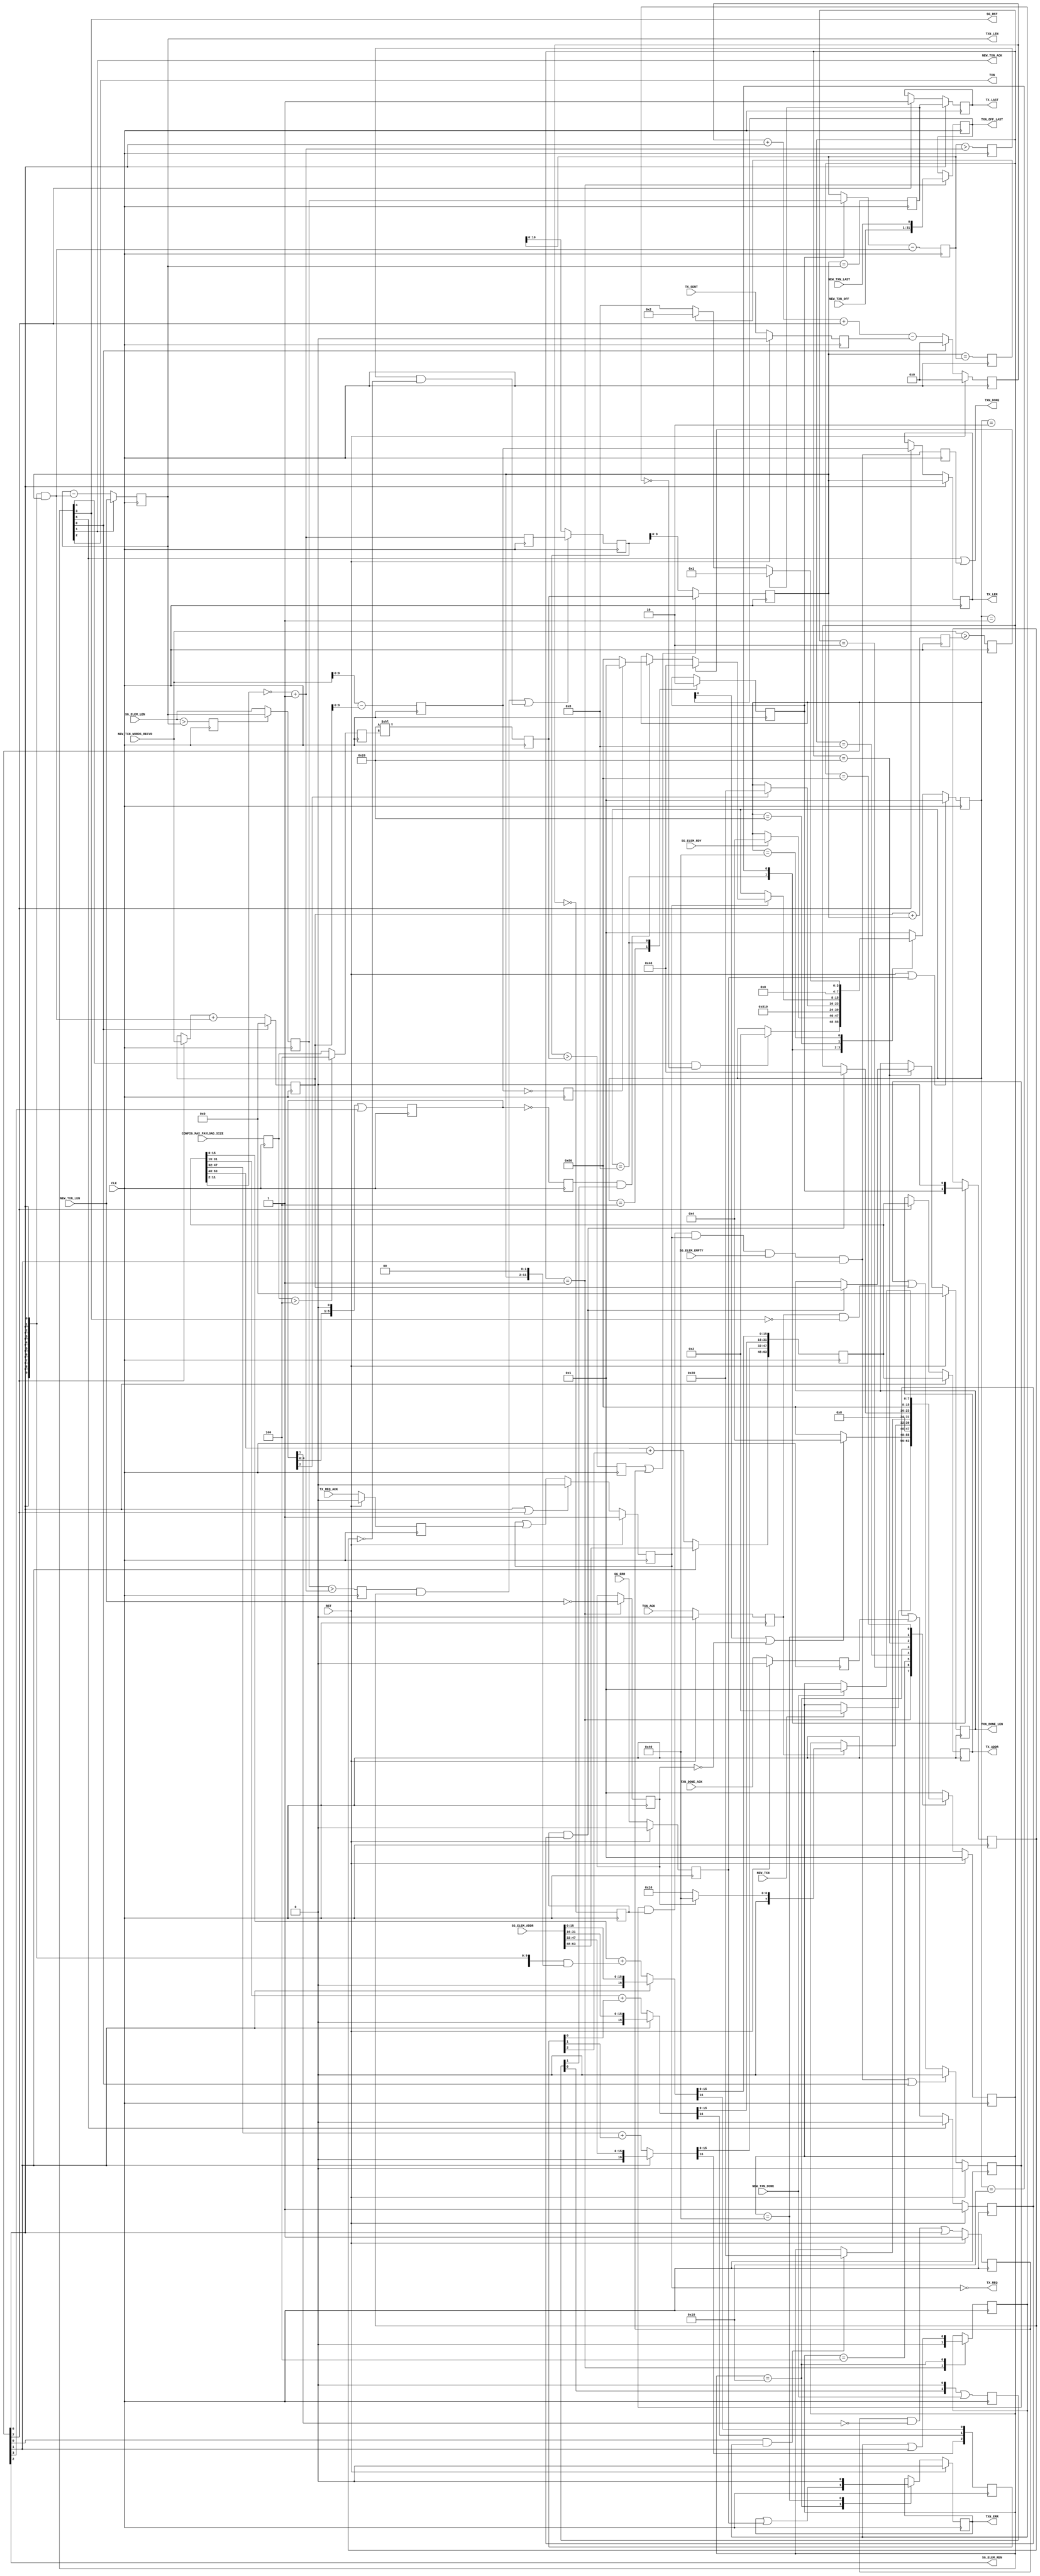
// ----------------------------------------------------------------------
// Copyright (c) 2016, The Regents of the University of California All
// rights reserved.
// 
// Redistribution and use in source and binary forms, with or without
// modification, are permitted provided that the following conditions are
// met:
// 
//     * Redistributions of source code must retain the above copyright
//       notice, this list of conditions and the following disclaimer.
// 
//     * Redistributions in binary form must reproduce the above
//       copyright notice, this list of conditions and the following
//       disclaimer in the documentation and/or other materials provided
//       with the distribution.
// 
//     * Neither the name of The Regents of the University of California
//       nor the names of its contributors may be used to endorse or
//       promote products derived from this software without specific
//       prior written permission.
// 
// THIS SOFTWARE IS PROVIDED BY THE COPYRIGHT HOLDERS AND CONTRIBUTORS
// "AS IS" AND ANY EXPRESS OR IMPLIED WARRANTIES, INCLUDING, BUT NOT
// LIMITED TO, THE IMPLIED WARRANTIES OF MERCHANTABILITY AND FITNESS FOR
// A PARTICULAR PURPOSE ARE DISCLAIMED. IN NO EVENT SHALL REGENTS OF THE
// UNIVERSITY OF CALIFORNIA BE LIABLE FOR ANY DIRECT, INDIRECT,
// INCIDENTAL, SPECIAL, EXEMPLARY, OR CONSEQUENTIAL DAMAGES (INCLUDING,
// BUT NOT LIMITED TO, PROCUREMENT OF SUBSTITUTE GOODS OR SERVICES; LOSS
// OF USE, DATA, OR PROFITS; OR BUSINESS INTERRUPTION) HOWEVER CAUSED AND
// ON ANY THEORY OF LIABILITY, WHETHER IN CONTRACT, STRICT LIABILITY, OR
// TORT (INCLUDING NEGLIGENCE OR OTHERWISE) ARISING IN ANY WAY OUT OF THE
// USE OF THIS SOFTWARE, EVEN IF ADVISED OF THE POSSIBILITY OF SUCH
// DAMAGE.
// ----------------------------------------------------------------------
//----------------------------------------------------------------------------
// Version:				1.00.a
// Verilog Standard:	Verilog-2001
// Description:			Handles receiving new transaction events and data, and
// making requests to tx engine. 
//						for the RIFFA channel.
// History:				@mattj: Version 2.0
//-----------------------------------------------------------------------------
`define S_TXPORTWR_MAIN_IDLE		8'b0000_0001
`define S_TXPORTWR_MAIN_CHECK		8'b0000_0010
`define S_TXPORTWR_MAIN_SIG_NEW		8'b0000_0100
`define S_TXPORTWR_MAIN_NEW_ACK		8'b0000_1000
`define S_TXPORTWR_MAIN_WRITE		8'b0001_0000
`define S_TXPORTWR_MAIN_DONE		8'b0010_0000
`define S_TXPORTWR_MAIN_SIG_DONE	8'b0100_0000
`define S_TXPORTWR_MAIN_RESET		8'b1000_0000

`define S_TXPORTWR_TX_IDLE			8'b0000_0001
`define S_TXPORTWR_TX_BUF			8'b0000_0010
`define S_TXPORTWR_TX_ADJ_0			8'b0000_0100
`define S_TXPORTWR_TX_ADJ_1			8'b0000_1000
`define S_TXPORTWR_TX_ADJ_2			8'b0001_0000
`define S_TXPORTWR_TX_CHECK_DATA	8'b0010_0000
`define S_TXPORTWR_TX_WRITE			8'b0100_0000
`define S_TXPORTWR_TX_WRITE_REM		8'b1000_0000

`timescale 1ns/1ns
module tx_port_writer (
	input CLK,
	input RST,
	input [2:0] CONFIG_MAX_PAYLOAD_SIZE,	// Maximum write payload: 000=128B, 001=256B, 010=512B, 011=1024B

	output TXN,							// Write transaction notification
	input TXN_ACK,						// Write transaction acknowledged
	output [31:0] TXN_LEN,				// Write transaction length
	output [31:0] TXN_OFF_LAST,			// Write transaction offset/last
	output [31:0] TXN_DONE_LEN,			// Write transaction actual transfer length
	output TXN_DONE,					// Write transaction done
	output TXN_ERR,						// Write transaction encountered an error
	input TXN_DONE_ACK,					// Write transaction actual transfer length read

	input NEW_TXN,						// Transaction parameters are valid
	output NEW_TXN_ACK,					// Transaction parameter read, continue
	input NEW_TXN_LAST,					// Channel last write
	input [31:0] NEW_TXN_LEN,			// Channel write length (in 32 bit words)
	input [30:0] NEW_TXN_OFF,			// Channel write offset
	input [31:0] NEW_TXN_WORDS_RECVD,	// Count of data words received in transaction
	input NEW_TXN_DONE,					// Transaction is closed

	input [63:0] SG_ELEM_ADDR,			// Scatter gather element address
	input [31:0] SG_ELEM_LEN,			// Scatter gather element length (in words)
	input SG_ELEM_RDY,					// Scatter gather element ready
	input SG_ELEM_EMPTY,				// Scatter gather elements empty
	output SG_ELEM_REN,					// Scatter gather element read enable
	output SG_RST,						// Scatter gather data reset
	input SG_ERR,						// Scatter gather read encountered an error
	
	output TX_REQ,						// Outgoing write request
	input TX_REQ_ACK,					// Outgoing write request acknowledged
	output [63:0] TX_ADDR,				// Outgoing write high address
	output [9:0] TX_LEN,				// Outgoing write length (in 32 bit words)
	output TX_LAST,						// Outgoing write is last request for transaction
	input TX_SENT						// Outgoing write complete
);

// `include "functions.vh"

(* syn_encoding = "user" *)
(* fsm_encoding = "user" *)
reg		[7:0]						rMainState=`S_TXPORTWR_MAIN_IDLE, _rMainState=`S_TXPORTWR_MAIN_IDLE;
reg		[31:0]						rOffLast=0, _rOffLast=0;
reg									rWordsEQ0=0, _rWordsEQ0=0;
reg									rStarted=0, _rStarted=0;
reg		[31:0]						rDoneLen=0, _rDoneLen=0;
reg									rSgErr=0, _rSgErr=0;
reg									rTxErrd=0, _rTxErrd=0;
reg									rTxnAck=0, _rTxnAck=0;

(* syn_encoding = "user" *)
(* fsm_encoding = "user" *)
reg		[7:0]						rTxState=`S_TXPORTWR_TX_IDLE, _rTxState=`S_TXPORTWR_TX_IDLE;
reg		[31:0]						rSentWords=0, _rSentWords=0;
reg		[31:0]						rWords=0, _rWords=0;
reg		[31:0]						rBufWords=0, _rBufWords=0;
reg		[31:0]						rBufWordsInit=0, _rBufWordsInit=0;
reg									rLargeBuf=0, _rLargeBuf=0;
reg		[63:0]						rAddr=64'd0, _rAddr=64'd0;
reg		[2:0]						rCarry=0, _rCarry=0;
reg									rValsPropagated=0, _rValsPropagated=0;
reg		[5:0]						rValsProp=0, _rValsProp=0;
reg									rCopyBufWords=0, _rCopyBufWords=0;
reg									rUseInit=0, _rUseInit=0;
reg		[10:0]						rPageRem=0, _rPageRem=0;
reg									rPageSpill=0, _rPageSpill=0;
reg									rPageSpillInit=0, _rPageSpillInit=0;
reg		[10:0]						rPreLen=0, _rPreLen=0;
reg		[2:0]						rMaxPayloadSize=0, _rMaxPayloadSize=0;
reg		[2:0]						rMaxPayloadShift=0, _rMaxPayloadShift=0;
reg		[9:0]						rMaxPayload=0, _rMaxPayload=0;
reg									rPayloadSpill=0, _rPayloadSpill=0;
reg									rMaxLen=1, _rMaxLen=1;
reg		[9:0]						rLen=0, _rLen=0;
reg		[31:0]						rSendingWords=0, _rSendingWords=0;
reg									rAvail=0, _rAvail=0;
reg		[1:0]						rTxnDone=0, _rTxnDone=0;
reg		[9:0]						rLastLen=0, _rLastLen=0;
reg									rLastLenEQ0=0, _rLastLenEQ0=0;
reg									rLenEQWords=0, _rLenEQWords=0;
reg									rLenEQBufWords=0, _rLenEQBufWords=0;

reg									rNotRequesting=1, _rNotRequesting=1;
reg		[63:0]						rReqAddr=64'd0, _rReqAddr=64'd0;
reg		[9:0]						rReqLen=0, _rReqLen=0;
reg									rReqLast=0, _rReqLast=0;
reg									rTxReqAck=0, _rTxReqAck=0;

reg									rDone=0, _rDone=0;
reg		[9:0]						rAckCount=0, _rAckCount=0;
reg									rTxSent=0, _rTxSent=0;
reg									rLastDoneRead=1, _rLastDoneRead=1;
reg									rTxnDoneAck=0, _rTxnDoneAck=0;

reg									rReqPartialDone=0, _rReqPartialDone=0;
reg									rPartialDone=0, _rPartialDone=0;


assign NEW_TXN_ACK = rMainState[1]; // S_TXPORTWR_MAIN_CHECK

assign TXN = rMainState[2]; // S_TXPORTWR_MAIN_SIG_NEW
assign TXN_DONE = (rMainState[6] | rPartialDone); // S_TXPORTWR_MAIN_SIG_DONE
assign TXN_LEN = rWords;
assign TXN_OFF_LAST = rOffLast;
assign TXN_DONE_LEN = rDoneLen;
assign TXN_ERR = rTxErrd;

assign SG_ELEM_REN = rTxState[2]; // S_TXPORTWR_TX_ADJ_0
assign SG_RST = rMainState[3]; // S_TXPORTWR_MAIN_NEW_ACK

assign TX_REQ = !rNotRequesting;
assign TX_ADDR = rReqAddr; 
assign TX_LEN = rReqLen;
assign TX_LAST = rReqLast;


// Buffer the input signals that come from outside the tx_port.
always @ (posedge CLK) begin
	rTxnAck <= #1 (RST ? 1'd0 : _rTxnAck);
	rTxnDoneAck <= #1 (RST ? 1'd0 : _rTxnDoneAck);
	rSgErr <= #1 (RST ? 1'd0 : _rSgErr);
	rTxReqAck <= #1 (RST ? 1'd0 : _rTxReqAck);
	rTxSent <= #1 (RST ? 1'd0 : _rTxSent);
end

always @ (*) begin
	_rTxnAck = TXN_ACK;
	_rTxnDoneAck = TXN_DONE_ACK;
	_rSgErr = SG_ERR;
	_rTxReqAck = TX_REQ_ACK;
	_rTxSent = TX_SENT;
end
	

// Wait for a NEW_TXN request. Then request transfers until all the data is sent
// or until the specified length is reached. Then signal TXN_DONE.
always @ (posedge CLK) begin
	rMainState <= #1 (RST ? `S_TXPORTWR_MAIN_IDLE : _rMainState);
	rOffLast <= #1 _rOffLast;
	rWordsEQ0 <= #1 _rWordsEQ0;
	rStarted <= #1 _rStarted;
	rDoneLen <= #1 (RST ? 0 : _rDoneLen);
	rTxErrd <= #1 (RST ? 1'd0 : _rTxErrd);
end

always @ (*) begin
	_rMainState = rMainState;
	_rOffLast = rOffLast;
	_rWordsEQ0 = rWordsEQ0;
	_rStarted = rStarted;
	_rDoneLen = rDoneLen;
	_rTxErrd = rTxErrd;
	case (rMainState)

	`S_TXPORTWR_MAIN_IDLE: begin // Wait for channel write request
		_rStarted = 0;
		_rWordsEQ0 = (NEW_TXN_LEN == 0);
		_rOffLast = {NEW_TXN_OFF, NEW_TXN_LAST};
		if (NEW_TXN)
			_rMainState = `S_TXPORTWR_MAIN_CHECK;
	end

	`S_TXPORTWR_MAIN_CHECK: begin // Continue with transaction?
		if (rOffLast[0] | !rWordsEQ0)
			_rMainState = `S_TXPORTWR_MAIN_SIG_NEW;
		else
			_rMainState = `S_TXPORTWR_MAIN_RESET;
	end

	`S_TXPORTWR_MAIN_SIG_NEW: begin // Signal new write
		_rMainState = `S_TXPORTWR_MAIN_NEW_ACK;
	end

	`S_TXPORTWR_MAIN_NEW_ACK: begin // Wait for acknowledgement
		if (rTxnAck) // ACK'd on PC read of TXN length
			_rMainState = (rWordsEQ0 ? `S_TXPORTWR_MAIN_SIG_DONE : `S_TXPORTWR_MAIN_WRITE);
	end

	`S_TXPORTWR_MAIN_WRITE: begin // Start writing and wait for all writes to complete
		_rStarted = (rStarted | rTxState[1]); // S_TXPORTWR_TX_BUF
		_rTxErrd = (rTxErrd | rSgErr);
		if (rTxState[0] & rStarted) // S_TXPORTWR_TX_IDLE
			_rMainState = `S_TXPORTWR_MAIN_DONE;
	end

	`S_TXPORTWR_MAIN_DONE: begin // Wait for the last transaction to complete
		if (rDone & rLastDoneRead) begin
			_rDoneLen = rSentWords;
			_rMainState = `S_TXPORTWR_MAIN_SIG_DONE;
		end
	end

	`S_TXPORTWR_MAIN_SIG_DONE: begin // Signal the done port
		_rTxErrd = 0;
		_rMainState = `S_TXPORTWR_MAIN_RESET;
	end

	`S_TXPORTWR_MAIN_RESET: begin // Wait for the channel tx to drop
		if (NEW_TXN_DONE)
			_rMainState = `S_TXPORTWR_MAIN_IDLE;
	end
	
	default: begin
		_rMainState = `S_TXPORTWR_MAIN_IDLE;
	end
	
	endcase
end


// Manage sending TX requests to the TX engine. Transfers will be limited
// by each scatter gather buffer's size, max payload size, and must not
// cross a (4KB) page boundary. The request is only made if there is sufficient
// data already written to the buffer.
wire [9:0] wLastLen = (NEW_TXN_WORDS_RECVD - rSentWords);
wire [9:0] wAddrLoInv = ~rAddr[11:2];
wire [10:0] wPageRem = (wAddrLoInv + 1'd1);	
always @ (posedge CLK) begin
	rTxState <= #1 (RST | rSgErr ? `S_TXPORTWR_TX_IDLE : _rTxState);
	rSentWords <= #1 (rMainState[0] ? 0 : _rSentWords);
	rWords <= #1 _rWords;
	rBufWords <= #1 _rBufWords;
	rBufWordsInit <= #1 _rBufWordsInit;
	rAddr <= #1 _rAddr;
	rCarry <= #1 _rCarry;
	rValsPropagated <= #1 _rValsPropagated;
	rValsProp <= #1 _rValsProp;
	rLargeBuf <= #1 _rLargeBuf;
	rPageRem <= #1 _rPageRem;
	rPageSpill <= #1 _rPageSpill;
	rPageSpillInit <= #1 _rPageSpillInit;
	rCopyBufWords <= #1 _rCopyBufWords;
	rUseInit <= #1 _rUseInit;
	rPreLen <= #1 _rPreLen;
	rMaxPayloadSize <= #1 _rMaxPayloadSize;
	rMaxPayloadShift <= #1 _rMaxPayloadShift;
	rMaxPayload <= #1 _rMaxPayload;
	rPayloadSpill <= #1 _rPayloadSpill;
	rMaxLen <= #1 (RST ? 1'd1 : _rMaxLen);
	rLen <= #1 _rLen;
	rSendingWords <= #1 _rSendingWords;
	rAvail <= #1 _rAvail;
	rTxnDone <= #1 _rTxnDone;
	rLastLen <= #1 _rLastLen;
	rLastLenEQ0 <= #1 _rLastLenEQ0;
	rLenEQWords <= #1 _rLenEQWords;
	rLenEQBufWords <= #1 _rLenEQBufWords;
end

always @ (*) begin
	_rTxState = rTxState;
	_rCopyBufWords = rCopyBufWords;
	_rUseInit = rUseInit;
	
	_rValsProp = ((rValsProp<<1) | rTxState[3]); // S_TXPORTWR_TX_ADJ_1
	_rValsPropagated = (rValsProp == 6'd0);
	_rLargeBuf = (SG_ELEM_LEN > rWords);
	{_rCarry[0], _rAddr[15:0]} = (rTxState[1] ? SG_ELEM_ADDR[15:0] : (rAddr[15:0] + ({12{rTxState[6]}} & {rLen, 2'd0}))); // S_TXPORTWR_TX_WRITE
	{_rCarry[1], _rAddr[31:16]} = (rTxState[1] ? SG_ELEM_ADDR[31:16] : (rAddr[31:16] + rCarry[0]));
	{_rCarry[2], _rAddr[47:32]} = (rTxState[1] ? SG_ELEM_ADDR[47:32] : (rAddr[47:32] + rCarry[1]));
				 _rAddr[63:48] = (rTxState[1] ? SG_ELEM_ADDR[63:48] : (rAddr[63:48] + rCarry[2]));
	_rSentWords = (rTxState[7] ? NEW_TXN_WORDS_RECVD : rSentWords) + ({10{rTxState[6]}} & rLen); // S_TXPORTWR_TX_WRITE
	_rWords = (NEW_TXN_ACK ? NEW_TXN_LEN : (rWords - ({10{rTxState[6]}} & rLen))); // S_TXPORTWR_TX_WRITE
	_rBufWordsInit = (rLargeBuf ? rWords : SG_ELEM_LEN); 
	_rBufWords = (rCopyBufWords ? rBufWordsInit : rBufWords) - ({10{rTxState[6]}} & rLen); // S_TXPORTWR_TX_WRITE
	_rPageRem = wPageRem;	
	_rPageSpillInit = (rBufWordsInit > wPageRem);	
	_rPageSpill = (rBufWords > wPageRem);	
	_rPreLen = ((rPageSpillInit & rUseInit) | (rPageSpill & !rUseInit) ? rPageRem : rBufWords[10:0]);
	_rMaxPayloadSize = CONFIG_MAX_PAYLOAD_SIZE;
	_rMaxPayloadShift = (rMaxPayloadSize > 3'd4 ? 3'd4 : rMaxPayloadSize);
	_rMaxPayload = (6'd32<<rMaxPayloadShift);
	_rPayloadSpill = (rPreLen > rMaxPayload);
	_rMaxLen = ((rMaxLen & !rValsProp[1]) | rTxState[6]); // S_TXPORTWR_TX_WRITE
	_rLen = (rPayloadSpill | rMaxLen ? rMaxPayload : rPreLen[9:0]);
	_rSendingWords = rSentWords + rLen;
	_rAvail = (NEW_TXN_WORDS_RECVD >= rSendingWords);
	_rTxnDone = ((rTxnDone<<1) | NEW_TXN_DONE);
	_rLastLen = wLastLen;
	_rLastLenEQ0 = (rLastLen == 10'd0);
	_rLenEQWords = (rLen == rWords);
	_rLenEQBufWords = (rLen == rBufWords);
	
	case (rTxState)

	`S_TXPORTWR_TX_IDLE: begin // Wait for channel write request
		if (rMainState[4] & !rStarted) // S_TXPORTWR_MAIN_WRITE
			_rTxState = `S_TXPORTWR_TX_BUF;
	end

	`S_TXPORTWR_TX_BUF: begin // Wait for buffer length and address
		if (SG_ELEM_RDY)
			_rTxState = `S_TXPORTWR_TX_ADJ_0;
	end

	`S_TXPORTWR_TX_ADJ_0: begin // Fix for large buffer
		_rCopyBufWords = 1;
		_rTxState = `S_TXPORTWR_TX_ADJ_1;
	end

	`S_TXPORTWR_TX_ADJ_1: begin // Check for page boundary crossing
		_rCopyBufWords = 0;
		_rUseInit = rCopyBufWords;
		_rTxState = `S_TXPORTWR_TX_ADJ_2;
	end

	`S_TXPORTWR_TX_ADJ_2: begin // Wait for values to propagate
		// Fix for page boundary crossing
		// Check for max payload
		// Fix for max payload
		_rUseInit = 0;
		if (rValsProp[2])
			_rTxState = `S_TXPORTWR_TX_CHECK_DATA;
	end

	`S_TXPORTWR_TX_CHECK_DATA: begin // Wait for available data
		if (rNotRequesting) begin
			if (rAvail)
				_rTxState = `S_TXPORTWR_TX_WRITE;
			else if (rValsPropagated & rTxnDone[1])
				_rTxState = (rLastLenEQ0 ? `S_TXPORTWR_TX_IDLE : `S_TXPORTWR_TX_WRITE_REM);
		end
	end

	`S_TXPORTWR_TX_WRITE: begin // Send len and repeat or finish?
		if (rLenEQWords)
			_rTxState = `S_TXPORTWR_TX_IDLE;
		else if (rLenEQBufWords)
			_rTxState = `S_TXPORTWR_TX_BUF;
		else
			_rTxState = `S_TXPORTWR_TX_ADJ_1;
	end

	`S_TXPORTWR_TX_WRITE_REM: begin // Send remaining data and finish
		_rTxState = `S_TXPORTWR_TX_IDLE;
	end
	
	default: begin
		_rTxState = `S_TXPORTWR_TX_IDLE;
	end
	
	endcase
end

// Request TX transfers separately so that the TX FSM can continue calculating
// the next set of request parameters without having to wait for the TX_REQ_ACK.
always @ (posedge CLK) begin
	rAckCount <= #1 (RST ? 10'd0 : _rAckCount);
	rNotRequesting <= #1 (RST ? 1'd1 : _rNotRequesting);
	rReqAddr <= #1 _rReqAddr;
	rReqLen <= #1 _rReqLen;
	rReqLast <= #1 _rReqLast;
	rDone <= #1 _rDone;
	rLastDoneRead <= #1 (RST ? 1'd1 : _rLastDoneRead);
end

always @ (*) begin
	// Start signaling when the TX FSM is ready.
	if (rTxState[6] | rTxState[7]) // S_TXPORTWR_TX_WRITE
		_rNotRequesting = 0;
	else
		_rNotRequesting = (rNotRequesting | rTxReqAck);

	// Pass off the rAddr & rLen when ready and wait for TX_REQ_ACK.
	if (rTxState[6]) begin // S_TXPORTWR_TX_WRITE
		_rReqAddr = rAddr;
		_rReqLen = rLen;
		_rReqLast = rLenEQWords;
	end
	else if (rTxState[7]) begin // S_TXPORTWR_TX_WRITE_REM
		_rReqAddr = rAddr;
		_rReqLen = rLastLen;
		_rReqLast = 1;
	end
	else begin
		_rReqAddr = rReqAddr;
		_rReqLen = rReqLen;
		_rReqLast = rReqLast;
	end

	// Track TX_REQ_ACK and TX_SENT to determine when the transaction is over.
	_rDone = (rAckCount == 10'd0);
	if (rMainState[0]) // S_TXPORTWR_MAIN_IDLE
		_rAckCount = 0;
	else
		_rAckCount = rAckCount + rTxState[6] + rTxState[7] - rTxSent; // S_TXPORTWR_TX_WRITE, S_TXPORTWR_TX_WRITE_REM
		
	// Track when the user reads the actual transfer amount.
	_rLastDoneRead = (rMainState[6] ? 1'd0 : (rLastDoneRead | rTxnDoneAck)); // S_TXPORTWR_MAIN_SIG_DONE
end


// Facilitate sending a TXN_DONE when we receive a TXN_ACK after the transaction
// has begun sending. This will happen when the workstation detects that it has 
// sent/used all its currently mapped scatter gather elements, but it's not enough 
// to complete the transaction. The TXN_DONE will let the workstation know it can
// release the current scatter gather mappings and allocate new ones.
always @ (posedge CLK) begin
	rPartialDone <= #1 _rPartialDone;
	rReqPartialDone <= #1 (RST ? 1'd0 : _rReqPartialDone);
end

always @ (*) begin
	// Signal TXN_DONE after we've recieved the (seemingly superfluous) TXN_ACK, 
	// we have no outstanding transfer requests, we're not currently requesting a
	// transfer, and there are no more scatter gather elements.
	_rPartialDone = (rReqPartialDone & rDone & rNotRequesting & SG_ELEM_EMPTY & rTxState[1]); // S_TXPORTWR_TX_BUF
	
	// Keep track of (seemingly superfluous) TXN_ACK requests.
	if ((rReqPartialDone & rDone & rNotRequesting & SG_ELEM_EMPTY & rTxState[1]) | rMainState[0]) // S_TXPORTWR_MAIN_IDLE
		_rReqPartialDone = 0;
	else
		_rReqPartialDone = (rReqPartialDone | (rTxnAck & !rMainState[3])); // !S_TXPORTWR_MAIN_NEW_ACK
end



/*
wire [35:0] wControl0;
chipscope_icon_1 cs_icon(
	.CONTROL0(wControl0)
);

chipscope_ila_t8_512 a0(
	.CLK(CLK), 
	.CONTROL(wControl0), 
	.TRIG0({rTxState[6] | rTxState[7] | rTxSent, rAckCount[6:0]}),
	.DATA({280'd0,
			NEW_TXN_WORDS_RECVD, // 32
			rSendingWords, // 32
			rAvail, // 1
			rNotRequesting, // 1
			NEW_TXN_LAST, // 1
			NEW_TXN_LEN, // 32
			NEW_TXN_OFF, // 31
			NEW_TXN, // 1
			rAckCount, // 10
			rLastDoneRead, // 1
			rWords, // 32
			rBufWords, // 32
			rLen, // 10
			rTxState, // 8
			rMainState}) // 8
);
*/
endmodule